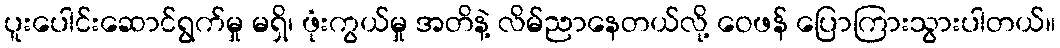
ပူးပေါင်းဆောင်ရွက်မှု မရှိ၊ ဖုံးကွယ်မှု အတိနဲ့ လိမ်ညာနေတယ်လို့ ဝေဖန် ပြောကြားသွားပါတယ်။